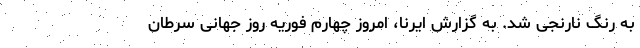
به رنگ نارنجی شد. به گزارش ایرنا، امروز چهارم فوریه روز جهانی سرطان